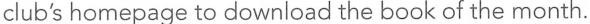
club's homepage to download the book of the month.